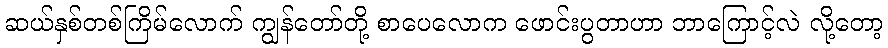
ဆယ်နှစ်တစ်ကြိမ်လောက် ကျွန်တော်တို့ စာပေလောက ဖောင်းပွတာဟာ ဘာကြောင့်လဲ လို့တော့